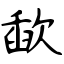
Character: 歃